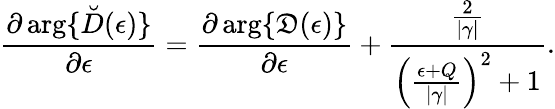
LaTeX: \frac{\partial\arg\{ \breve{D}(\epsilon)\} }{\partial\epsilon}=\frac{\partial\arg\{ \mathfrak{D}(\epsilon)\} }{\partial\epsilon}+\frac{\frac{2}{|\gamma|}}{{\left(\frac{\epsilon+Q}{|\gamma|}\right)}^{2}+1}.